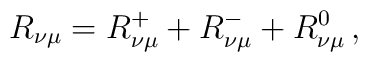
R_{\nu\mu} = R_{\nu\mu}^+ + R_{\nu\mu}^- + R_{\nu\mu}^0\,,